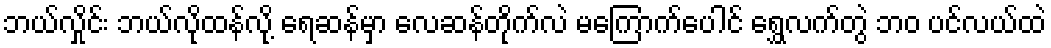
ဘယ်လှိုင်း ဘယ်လိုထန်လို့ ရေဆန်မှာ လေဆန်တိုက်လဲ မကြောက်ပေါင် ရွှေလက်တွဲ ဘဝ ပင်လယ်ထဲ